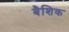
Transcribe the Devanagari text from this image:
बैशिक